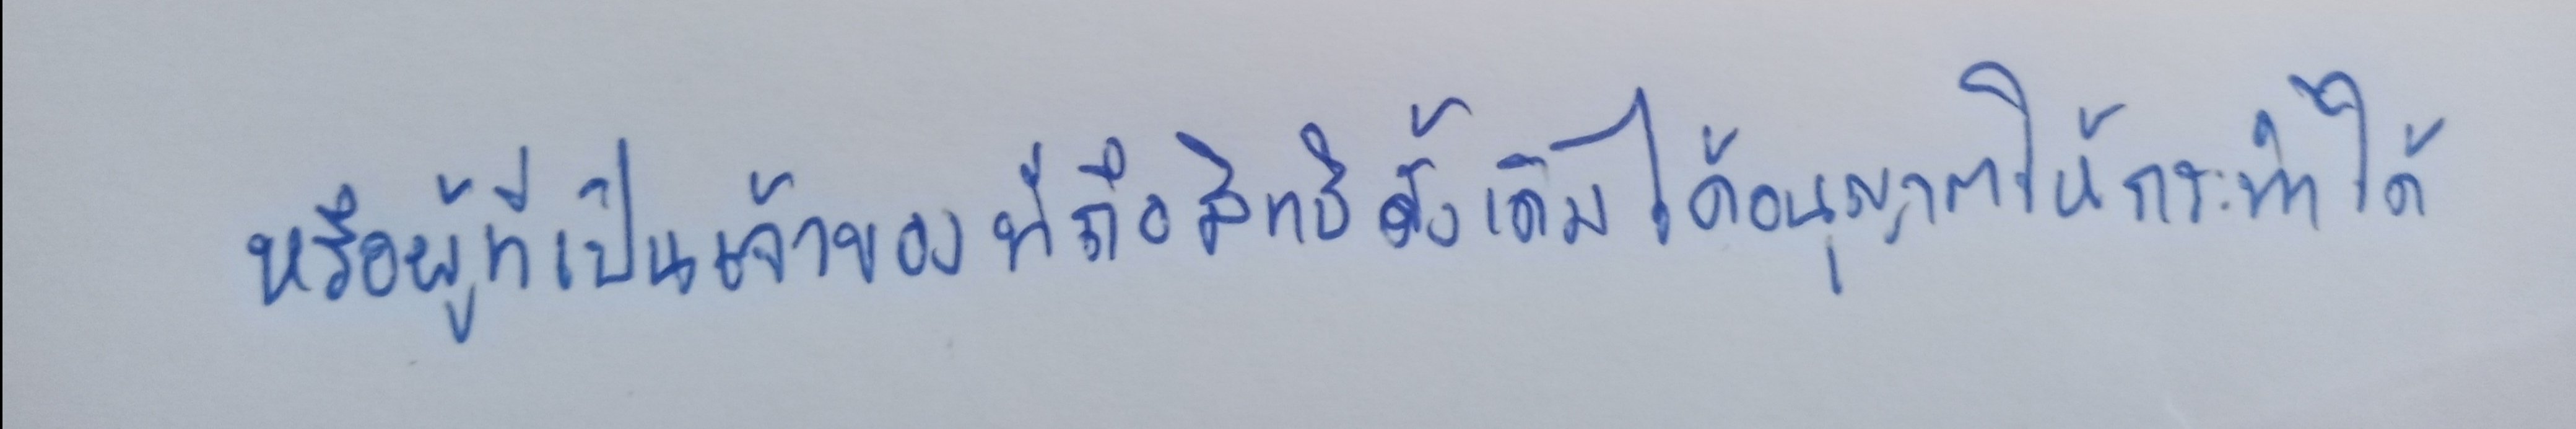
หรือผู้ที่เป็นเจ้าของที่ถือสิทธิดั้งเดิมได้อนุญาตให้กระทำได้